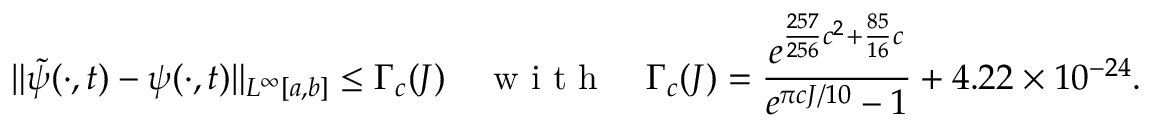
\| \tilde { \psi } ( \cdot , t ) - \psi ( \cdot , t ) \| _ { L ^ { \infty } [ a , b ] } \leq \Gamma _ { c } ( J ) \quad \textrm { w i t h } \quad \Gamma _ { c } ( J ) = \frac { e ^ { \frac { 2 5 7 } { 2 5 6 } c ^ { 2 } + \frac { 8 5 } { 1 6 } c } } { e ^ { \pi c J / 1 0 } - 1 } + 4 . 2 2 \times 1 0 ^ { - 2 4 } .